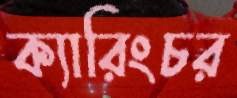
ক্যারিংচর